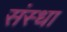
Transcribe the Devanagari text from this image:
संस्धा